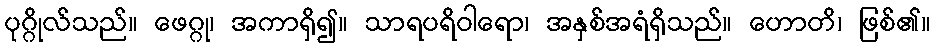
ပုဂ္ဂိုလ်သည်။ ဖေဂ္ဂု၊ အကာရှိ၍။ သာရပရိဝါရော၊ အနှစ်အရံရှိသည်။ ဟောတိ၊ ဖြစ်၏။